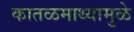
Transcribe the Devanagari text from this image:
कातळमाथ्यामुळे